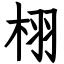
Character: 栩